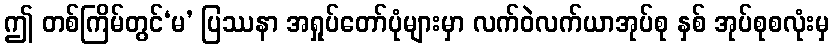
ဤ တစ်ကြိမ်တွင်‘မ’ ပြဿနာ အရှုပ်တော်ပုံများမှာ လက်ဝဲလက်ယာအုပ်စု နှစ် အုပ်စုစလုံးမှ